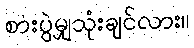
စားပွဲမျှသုံးချင်လား။